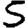
Digit: 5